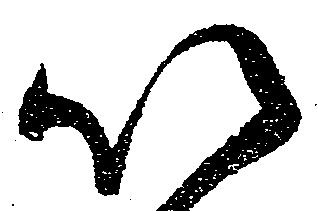
以